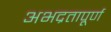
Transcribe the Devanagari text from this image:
अभद्रतापूर्ण